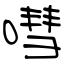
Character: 嘒